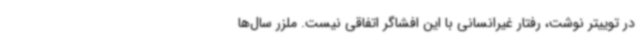
در توییتر نوشت، رفتار غیرانسانی با این افشاگر اتفاقی نیست. ملزر سال‌ها